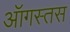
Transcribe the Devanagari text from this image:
ऑगस्तस